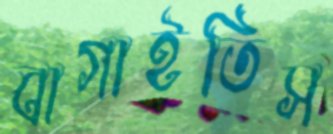
বাগাইতিস